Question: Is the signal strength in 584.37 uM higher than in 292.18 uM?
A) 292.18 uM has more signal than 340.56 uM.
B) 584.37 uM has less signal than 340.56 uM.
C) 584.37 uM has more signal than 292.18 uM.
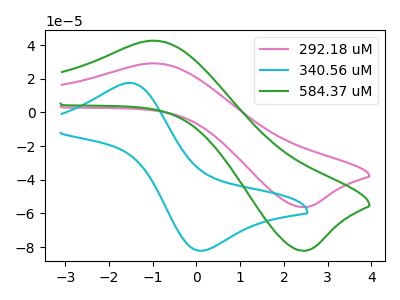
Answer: <think>The pink curve "292.18 uM" has an anodic peak at (-1.05V, 29.15uA) and a cathodic peak at (2.40V, -56.20uA). The cyan curve "340.56 uM" has an anodic peak at (-1.55V, 17.55uA) and a cathodic peak at (0.15V, -82.10uA). The green curve "584.37 uM" has an anodic peak at (-1.05V, 42.65uA) and a cathodic peak at (2.40V, -82.15uA).
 All the peaks in "584.37 uM" have a peak in "292.18 uM" at the same potential. Every peak in "584.37 uM" is higher than every peak in "292.18 uM".</think>
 <answer>C) "584.37 uM" has more signal than "292.18 uM".</answer>
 <eval>C</eval>